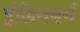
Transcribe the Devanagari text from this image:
ईडिनबर्ग